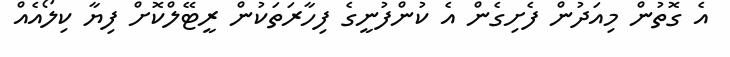
އެ ގޮތުން މިއަދުން ފެށިގެން އެ ކުންފުނީގެ ފިހާރަތަކުން ރީޓޭލްކޮށް ފިޔާ ކިލޯއެއް